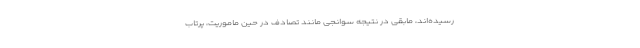
رسیده‌اند، مابقی در نتیجه سوانجی مانند تصادف در حین ماموریت، پرتاب